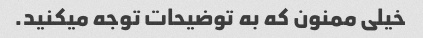
خیلی ممنون که به توضیحات توجه میکنید.